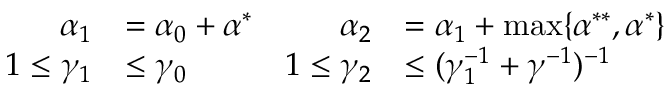
\begin{array} { r l r l } { \alpha _ { 1 } } & { = \alpha _ { 0 } + \alpha ^ { * } } & { \alpha _ { 2 } } & { = \alpha _ { 1 } + \operatorname* { m a x } \{ \alpha ^ { * * } , \alpha ^ { * } \} } \\ { 1 \leq \gamma _ { 1 } } & { \leq \gamma _ { 0 } } & { 1 \leq \gamma _ { 2 } } & { \leq ( \gamma _ { 1 } ^ { - 1 } + \gamma ^ { - 1 } ) ^ { - 1 } } \end{array}